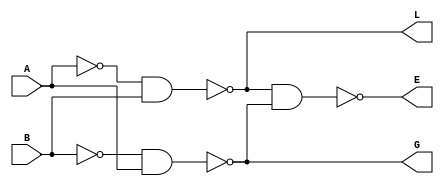
/*************************************************
*	Sean Webster
*	ADSD - Summer 2016 - Martin Margala
*	Homework 1
*
*	1_comparator.v				
*
*	A single 1 bit comparator comprised of 2 inverters 
*	and 3 NAND gates
*	
*	2 inputs: 	A and B
*	3 outputs:	
**************************************************/

module comparator_1(A, B, L, E, G);
	input A, B;	// 2 bits to be compared
	output L, E, G;	// 3 possible outputs
	wire s1, s2;	// connecting wires for inverters

	not X1 (s1, A);	// create inverter
	not X2 (s2, B);
	nand X3 (L, s1, B);
	nand X4 (G, s2, A);
	nand X5 (E, L, G);


endmodule